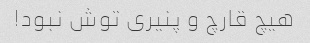
هیچ قارچ و پنیری توش نبود!